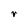
Character: V